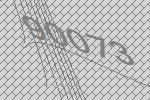
90073